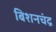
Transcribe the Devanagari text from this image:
बिशनचंद्र